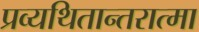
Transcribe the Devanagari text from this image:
प्रव्यथितान्तरात्मा